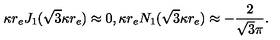
\kappa r _ { e } J _ { 1 } ( \sqrt { 3 } \kappa r _ { e } ) \approx 0 , \kappa r _ { e } N _ { 1 } ( \sqrt { 3 } \kappa r _ { e } ) \approx - \frac { 2 } { \sqrt { 3 } \pi } .